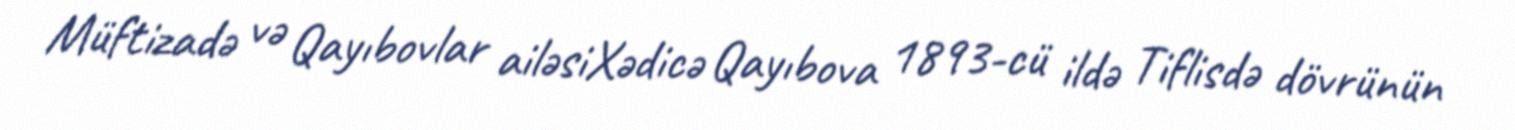
Müftizadə və Qayıbovlar ailəsiXədicə Qayıbova 1893-cü ildə Tiflisdə dövrünün